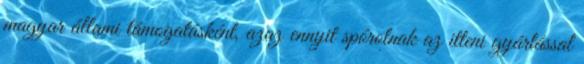
magyar állami támogatásként, azaz ennyit spórolnak az itteni gyártással